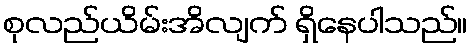
စုလည်ယိမ်းအိလျက် ရှိနေပါသည်။